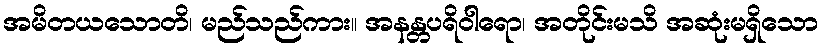
အမိတယသောတိ၊ မည်သည်ကား။ အနန္တပရိဝါရော၊ အတိုင်းမသိ အဆုံးမရှိသော